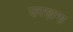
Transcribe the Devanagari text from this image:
उरख़गा